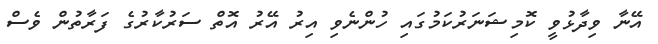
އޭނާ ވިދާޅުވީ ކޮމިޝަނަރުކަމުގައި ހުންނެވި އިރު އޭރު އޮތް ސަރުކާރުގެ ފަރާތުން ވެސް